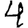
Digit: 4